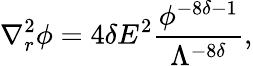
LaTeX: \nabla_{r}^{2}\phi=4\delta E^{2}\frac{\phi^{-8\delta-1}}{\Lambda^{-8\delta}},